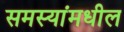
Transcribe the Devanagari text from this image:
समस्यांमधील